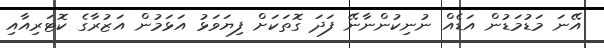
އޭނަ މަޑުމަޑުން އަޑެއް ނުނިކުންނާނޭ ފަދަ ގޮތަކަށް ފިޔަވަޅު އަޅަމުން އަޒުރާގެ ކޮޓަރިއާއި